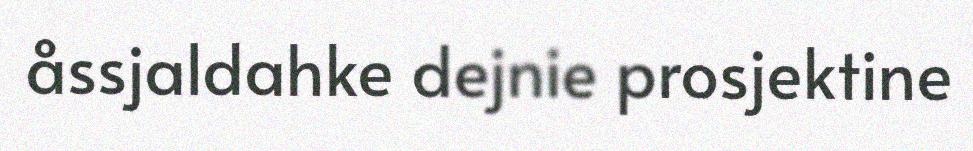
åssjaldahke dejnie prosjektine